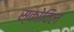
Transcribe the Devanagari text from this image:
स्कोविल